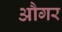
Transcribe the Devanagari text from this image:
औगर